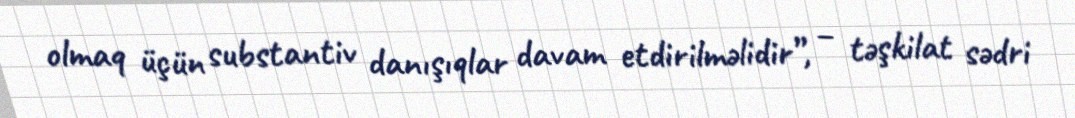
olmaq üçün substantiv danışıqlar davam etdirilməlidir”, – təşkilat sədri